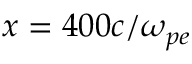
x = 4 0 0 c / \omega _ { p e }